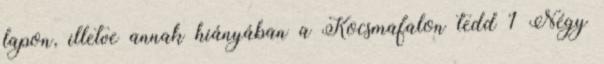
lapon, illetve annak hiányában a Kocsmafalon tedd 1 Négy